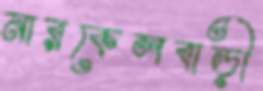
নারকেলবাড়ী